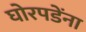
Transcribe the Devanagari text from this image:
घोरपडेंना